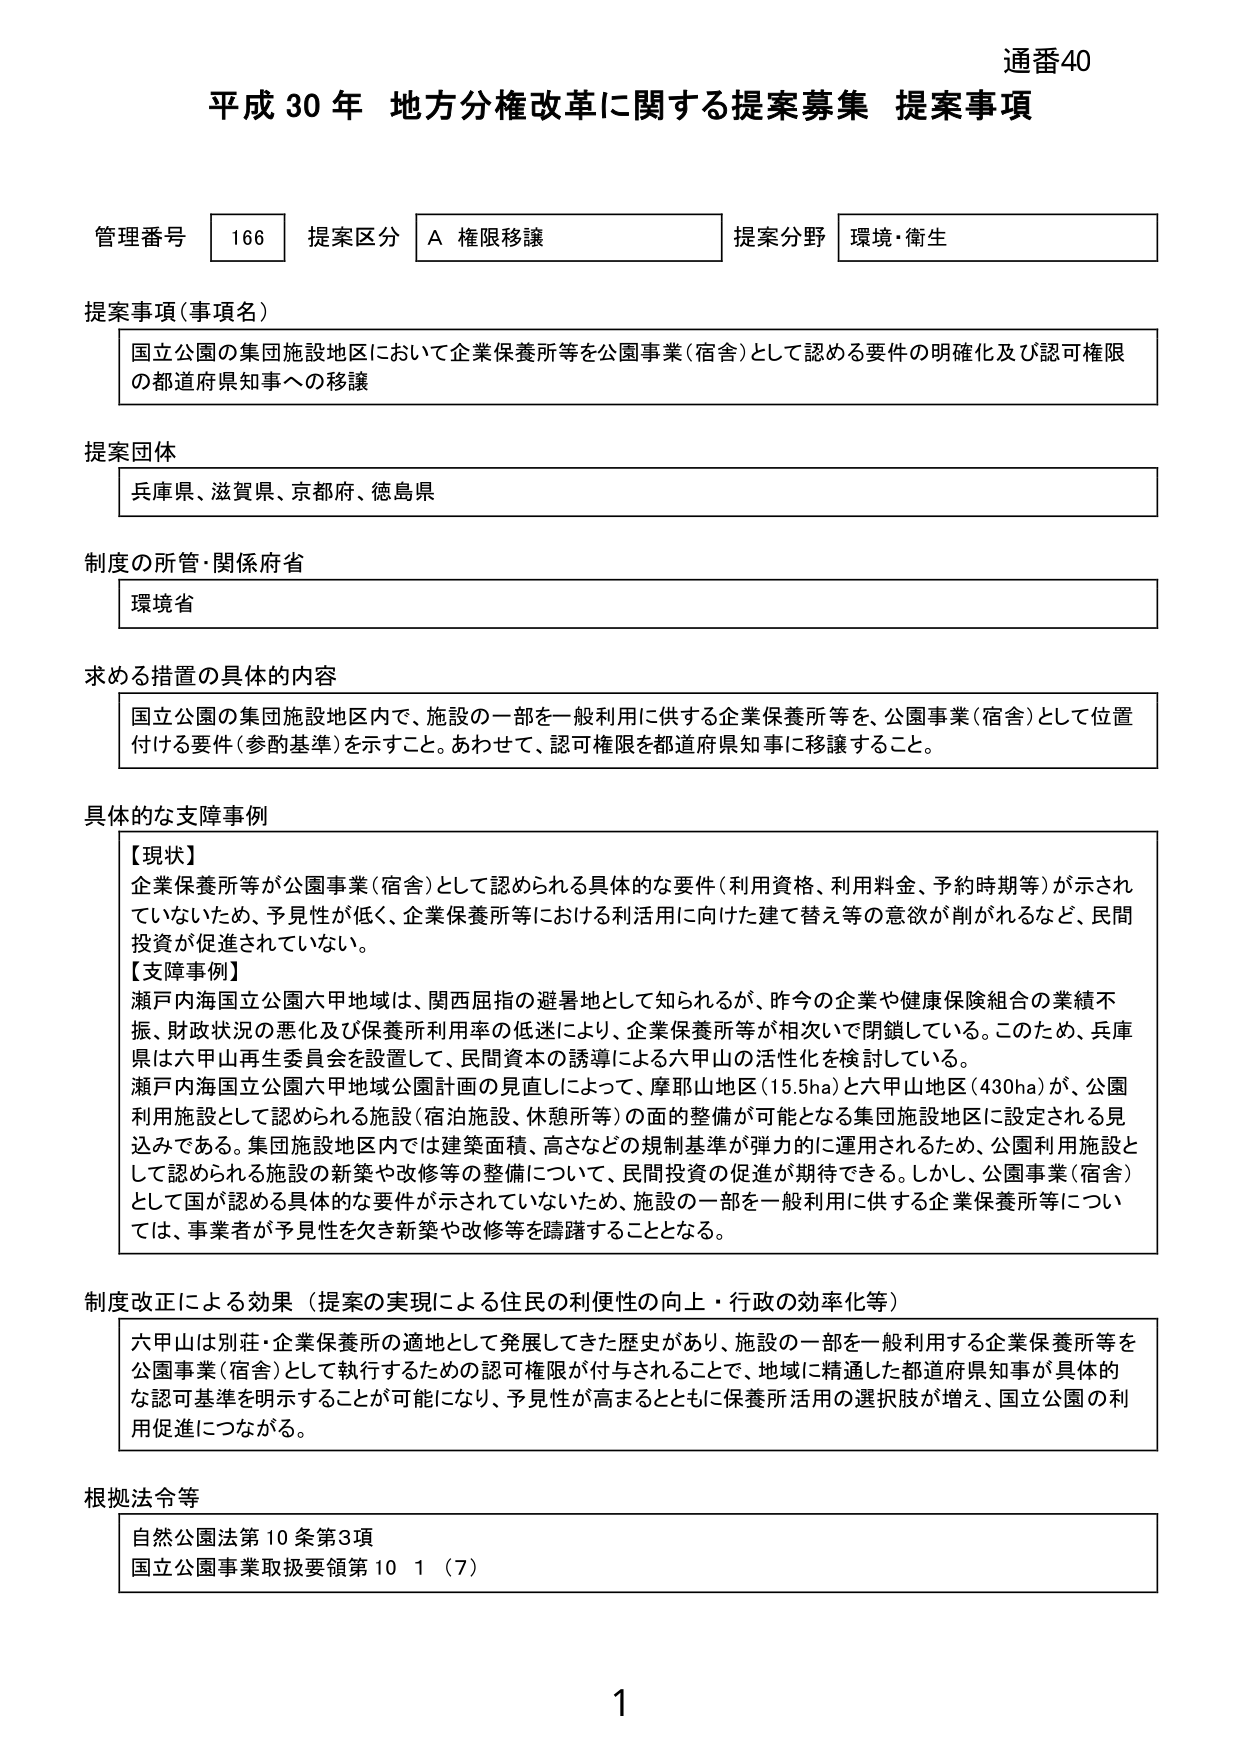
通番40
平成30年 地方分権改革に関する提案募集 提案事項

管理番号 166 提案区分 A 権限移譲 提案分野 環境・衛生

提案事項（事項名）
国立公園の集団施設地区において企業保養所等を公園事業（宿舎）として認める要件の明確化及び認可権限の都道府県知事への移譲

提案団体
兵庫県、滋賀県、京都府、徳島県

制度の所管・関係府省
環境省

求める措置の具体的内容
国立公園の集団施設地区内で、施設の一部を一般利用に供する企業保養所等を、公園事業（宿舎）として位置付ける要件（参酌基準）を示すこと。あわせて、認可権限を都道府県知事に移譲すること。

具体的な支障事例
【現状】
企業保養所等が公園事業（宿舎）として認められる具体的な要件（利用資格、利用料金、予約時期等）が示されていないため、予見性が低く、企業保養所等における利活用に向けた建て替え等の意欲が削がれるなど、民間投資が促進されていない。
【支障事例】
瀬戸内海国立公園六甲地域は、関西屈指の避暑地として知られるが、昨今の企業や健康保険組合の業績不振、財政状況の悪化及び保養所利用率の低迷により、企業保養所等が相次いで閉鎖している。このため、兵庫県は六甲山再生委員会を設置して、民間資本の誘導による六甲山の活性化を検討している。
瀬戸内海国立公園六甲地域公園計画の見直しによって、摩耶山地区（15.5ha）と六甲山地区（430ha）が、公園利用施設として認められる施設（宿泊施設、休憩所等）の面的整備が可能となる集団施設地区に設定される見込みである。集団施設地区内では建築面積、高さなどの規制基準が弾力的に運用されるため、公園利用施設として認められる施設の新築や改修等の整備について、民間投資の促進が期待できる。しかし、公園事業（宿舎）として国が認める具体的な要件が示されていないため、施設の一部を一般利用に供する企業保養所等については、事業者が予見性を欠き新築や改修等を躊躇することとなる。

制度改正による効果（提案の実現による住民の利便性の向上・行政の効率化等）
六甲山は別荘・企業保養所の適地として発展してきた歴史があり、施設の一部を一般利用する企業保養所等を公園事業（宿舎）として執行するための認可権限が付与されることで、地域に精通した都道府県知事が具体的な認可基準を明示することが可能になり、予見性が高まるとともに保養所活用の選択肢が増え、国立公園の利用促進につながる。

根拠法令等
自然公園法第10条第3項
国立公園事業取扱要領第10 1（7）

1